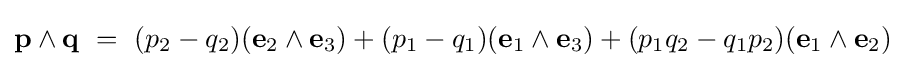
\mathbf {p} \wedge \mathbf {q} \ =\ (p_{2}-q_{2})(\mathbf {e} _{2}\wedge \mathbf {e} _{3})+(p_{1}-q_{1})(\mathbf {e} _{1}\wedge \mathbf {e} _{3})+(p_{1}q_{2}-q_{1}p_{2})(\mathbf {e} _{1}\wedge \mathbf {e} _{2})